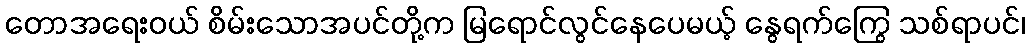
တောအရေးဝယ် စိမ်းသောအပင်တို့က မြရောင်လွင်နေပေမယ့် နွေရက်ကြွေ သစ်ရာပင်၊